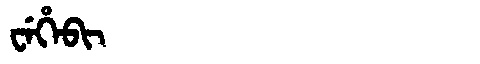
Manchu: ᠸᡝᡥᡝᠪᡳ
Romanization: WEHEBI